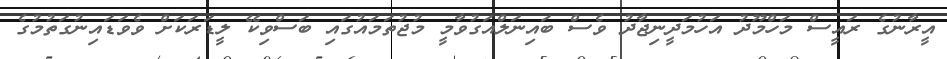
އީރާނުގެ ރައީސް މަހްމޫދު އަހުމަދީނިޖާދު ވެސް ބައިނަލްއަގުވާމީ މުޖުތަމައުގައި ބަސްވިކޭ ލީޑަރަކަށް ވެވަޑައިނުގަތުމުގެ